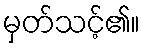
မှတ်သင့်၏။